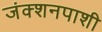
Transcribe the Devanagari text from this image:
जंक्शनपाशी